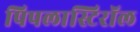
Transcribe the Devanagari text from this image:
पिपलास्टिरॉल